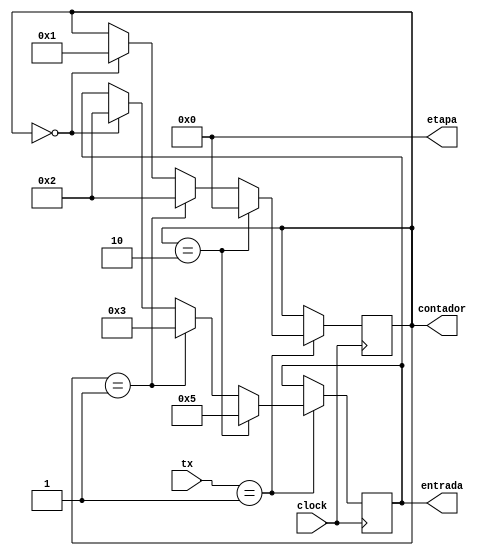
module MEMORIA(tx,entrada,etapa,contador,clock);
    input wire [4:0] tx;
    input wire clock;
    output reg [4:0] entrada,etapa,contador;
    parameter LOAD = 4'd1;
 
    initial begin
		entrada<= 4'd5;
		etapa<= 4'd0;
        contador <= 4'd0;
    end
       
    always @(posedge clock) begin
        if(tx == LOAD) begin
            if(contador==0)begin
				entrada <= 4'd2;
				contador <= 4'd1;
            end
            if(contador==1)begin
				entrada <= 4'd3;
				contador <= 4'd2;
			end
			if(contador==2)begin
				entrada <= 4'd5;
				contador <= 4'd0;
			end
        end
    end
endmodule